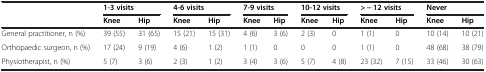
<table><thead><tr><td></td><td colspan="2"><b>1-3 visits</b></td><td colspan="2"><b>4-6 visits</b></td><td colspan="2"><b>7-9 visits</b></td><td colspan="2"><b>10-12 visits</b></td><td colspan="2"><b>&gt; − 12 visits</b></td><td colspan="2"><b>Never</b></td></tr><tr><td></td><td><b>Knee</b></td><td><b>Hip</b></td><td><b>Knee</b></td><td><b>Hip</b></td><td><b>Knee</b></td><td><b>Hip</b></td><td><b>Knee</b></td><td><b>Hip</b></td><td><b>Knee</b></td><td><b>Hip</b></td><td><b>Knee</b></td><td><b>Hip</b></td></tr></thead><tbody><tr><td>General practitioner, n (%)</td><td>39 (55)</td><td>31 (65)</td><td>15 (21)</td><td>15 (31)</td><td>4 (6)</td><td>3 (6)</td><td>2 (3)</td><td>0</td><td>1 (1)</td><td>0</td><td>10 (14)</td><td>10 (21)</td></tr><tr><td>Orthopaedic surgeon, n (%)</td><td>17 (24)</td><td>9 (19)</td><td>4 (6)</td><td>1 (2)</td><td>1 (1)</td><td>0</td><td>0</td><td>0</td><td>1 (1)</td><td>0</td><td>48 (68)</td><td>38 (79)</td></tr><tr><td>Physiotherapist, n (%)</td><td>5 (7)</td><td>3 (6)</td><td>2 (3)</td><td>1 (2)</td><td>3 (4)</td><td>3 (6)</td><td>5 (7)</td><td>4 (8)</td><td>23 (32)</td><td>7 (15)</td><td>33 (46)</td><td>30 (63)</td></tr></tbody></table>